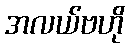
အလယ်ဗဟို